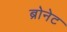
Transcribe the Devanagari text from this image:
ब्रोनेट